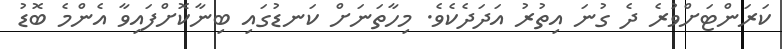
ކަރަންޓަށްވުރެ ދެ ގުނަ އިތުރު އަދަދެކެވެ. މިހާތަނަށް ކަނޑުގައި ބިނާކޮށްފައިވާ އެންމެ ބޮޑު